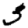
Digit: 3